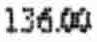
136.00